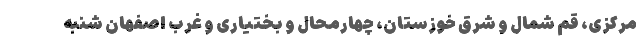
مرکزی، قم شمال و شرق خوزستان، چهارمحال و بختیاری و غرب اصفهان شنبه